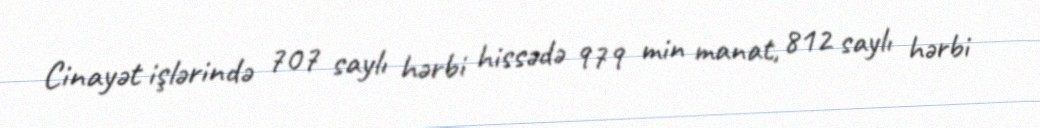
Cinayət işlərində 707 saylı hərbi hissədə 979 min manat, 812 saylı hərbi